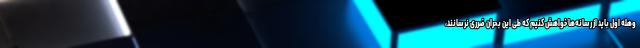
وهله اول باید از رسانه‌ها خواهش کنیم که طی این بحران ضرری نرسانند،